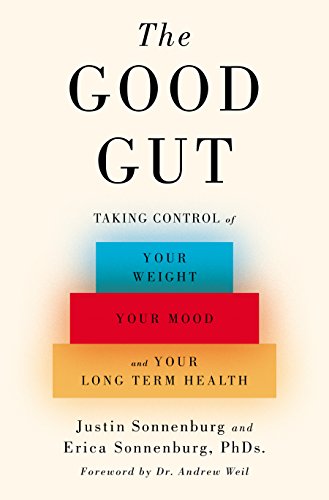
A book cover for The Good Gut: Taking Control of Your Weight, Your Mood, and Your Long-term Health; Justin Sonnenburg; Medical Books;